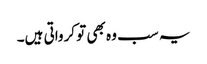
یہ سب وہ بھی تو کرواتی ہیں۔